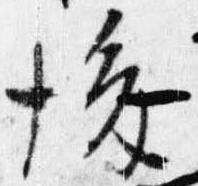
後